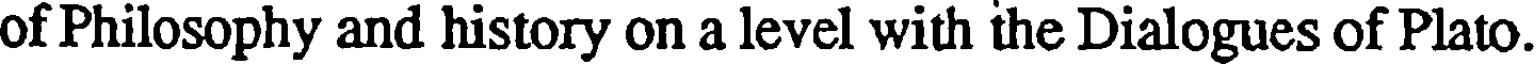
of Philosophy and history on a level with the Dialogues of Plato.